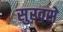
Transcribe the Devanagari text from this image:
सुरवसे